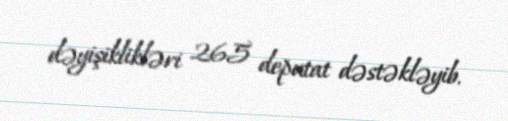
dəyişiklikləri 265 deputat dəstəkləyib.